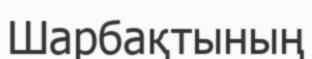
Шарбақтының